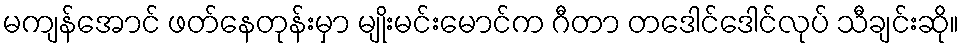
မကျန်အောင် ဖတ်နေတုန်းမှာ မျိုးမင်းမောင်က ဂီတာ တဒေါင်ဒေါင်လုပ် သီချင်းဆို။